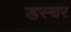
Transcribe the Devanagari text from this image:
डस्चर